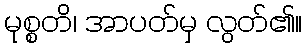
မုစ္စတိ၊ အာပတ်မှ လွတ်၏။